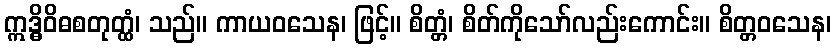
ဣဒ္ဓိဝိဓစတုတ္ထံ၊ သည်။ ကာယဝသေန၊ ဖြင့်။ စိတ္တံ၊ စိတ်ကိုသော်လည်းကောင်း။ စိတ္တဝသေန၊